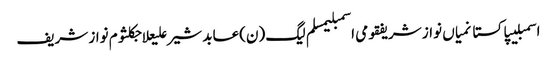
اسمبلیپاکستانمیاں نواز شریفقومی اسمبلیمسلم لیگ (ن)عابد شیر علیعلاجکلثوم نواز شریف